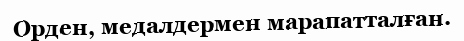
Орден, медалдермен марапатталған.